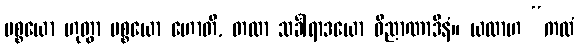
ပစ္စယော ဟုတွာ ပစ္စယော ဟောတိ, တထာ သင်္ခါရာဒယော ဝိညာဏာဒီနံ။ ယထာဟ “ကထံ